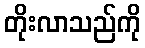
တိုးလာသည်ကို